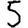
Digit: 5